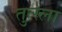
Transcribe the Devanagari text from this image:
तुत्स्ला